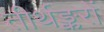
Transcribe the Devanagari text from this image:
तीर्थङ्करों